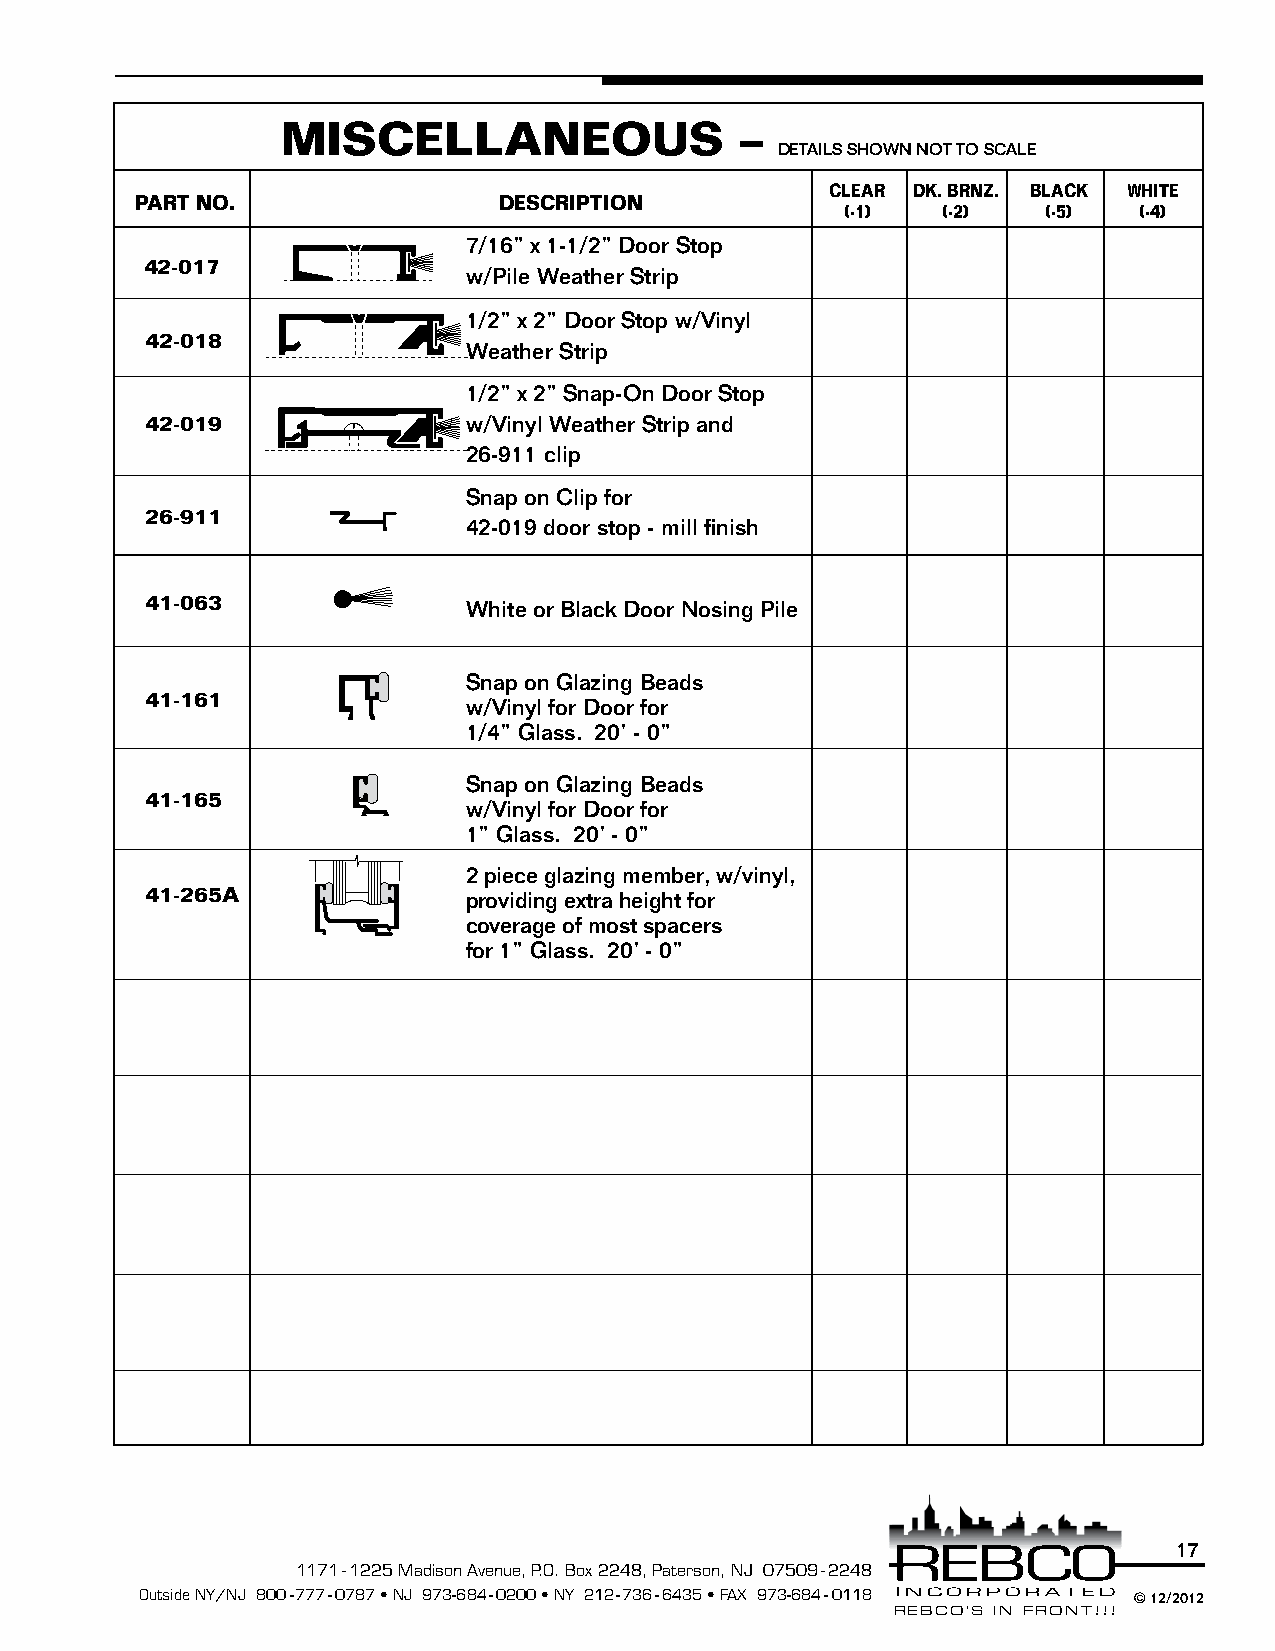
MISCELLANEOUS                 –
 DETAILS SHOWN NOT TO SCALE
 CLEAR DK. BRNZ. BLACK WHITE
 PART NO.                DESCRIPTION
 (-1)  (-2)   (-5)  (-4)
 7/16” x 1-1/2” Door Stop
 42-017
 w/Pile Weather Strip
 1/2” x 2” Door Stop w/Vinyl
 42-018
 Weather Strip
 1/2” x 2” Snap-On Door Stop
 42-019               w/Vinyl Weather Strip and
 26-911 clip
 Snap on Clip for
 26-911
 42-019 door stop - mill finish
 41-063               Whi te or Black Door Nosing Pile
 Snap on Glazing Beads
 41-161               w/V inyl for Door for
 1/4” Glass. 20’ - 0”
 Snap on Glazing Beads
 41-165
 w/Vinyl for Door for
 1” Glass. 20’ - 0”
 2 piece glazing member, w/vinyl,
 41-265A              prov iding extra height for
 coverage of most spacers
 for 1” Glass. 20’ - 0”
 17
 1171 - 1225 Madison Avenue, P.O. Box 2248, Paterson, NJ 07509 - 2248
 Outside NY/NJ 800-777-0787 • NJ 973-684-0200 • NY 212-736-6435 • FAX 973-684-0118 © 12/2012
 REBCO’S IN FRONT!!!